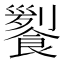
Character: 𩝖